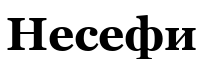
Несефи